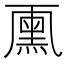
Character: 𠁘